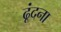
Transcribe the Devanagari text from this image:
ढूंदना